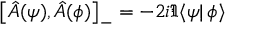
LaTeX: \left[ \hat { A } ( \psi ) , \hat { A } ( \phi ) \right] _ { - } = - 2 i \Im \langle \psi | \, \phi \rangle